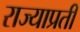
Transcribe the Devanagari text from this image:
राज्याप्रती